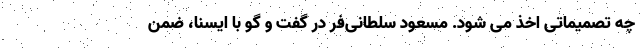
چه تصمیماتی اخذ می شود. مسعود سلطانی‌فر در گفت و گو با ایسنا، ضمن